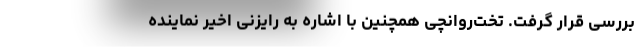
بررسی قرار گرفت. تخت‌روانچی همچنین با اشاره به رایزنی اخیر نماینده